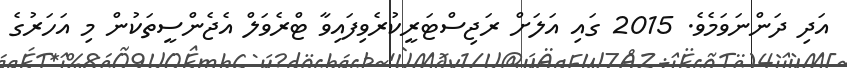
އަދި ދަންނަވަމެވެ. 2015 ގައި އަލަށް ރަޖިސްޓަރީކުރެވިފައިވާ ޓްރެވަލް އެޖެންސީތަކުން މި އަހަރުގެ